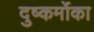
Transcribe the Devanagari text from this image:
दुष्कर्मोका